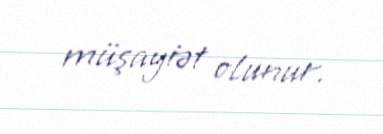
müşayiət olunur.